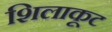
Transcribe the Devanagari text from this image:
शिलाकूट